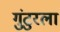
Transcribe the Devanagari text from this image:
गुंटुरला